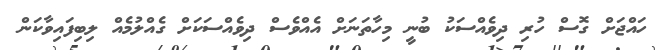
ހައްޖަށް ގޮސް ހުރި ދިވެއްސަކު ބުނީ މިހާތަނަށް އެއްވެސް ދިވެއްސަކަށް ގެއްލުމެއް ލިބިފައިވާކަން